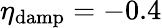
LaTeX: \eta_{\mathrm{damp}}=-0.4